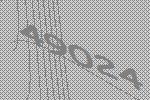
49024